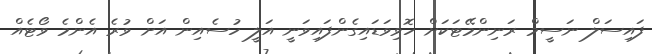
ފައިސަލް ނަސީމް ރަނިންމޭޓަކަށް ހޮވިވަޑައިގެންފައިވަނީ އަލީ ހުސެއިން އަށް ވުރެ އެންމެ ވޯޓެއް